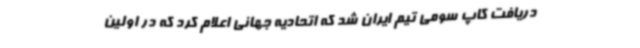
دریافت کاپ سومی تیم ایران شد که اتحادیه جهانی اعلام کرد که در اولین